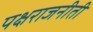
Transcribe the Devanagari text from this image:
पक्षराजनीती